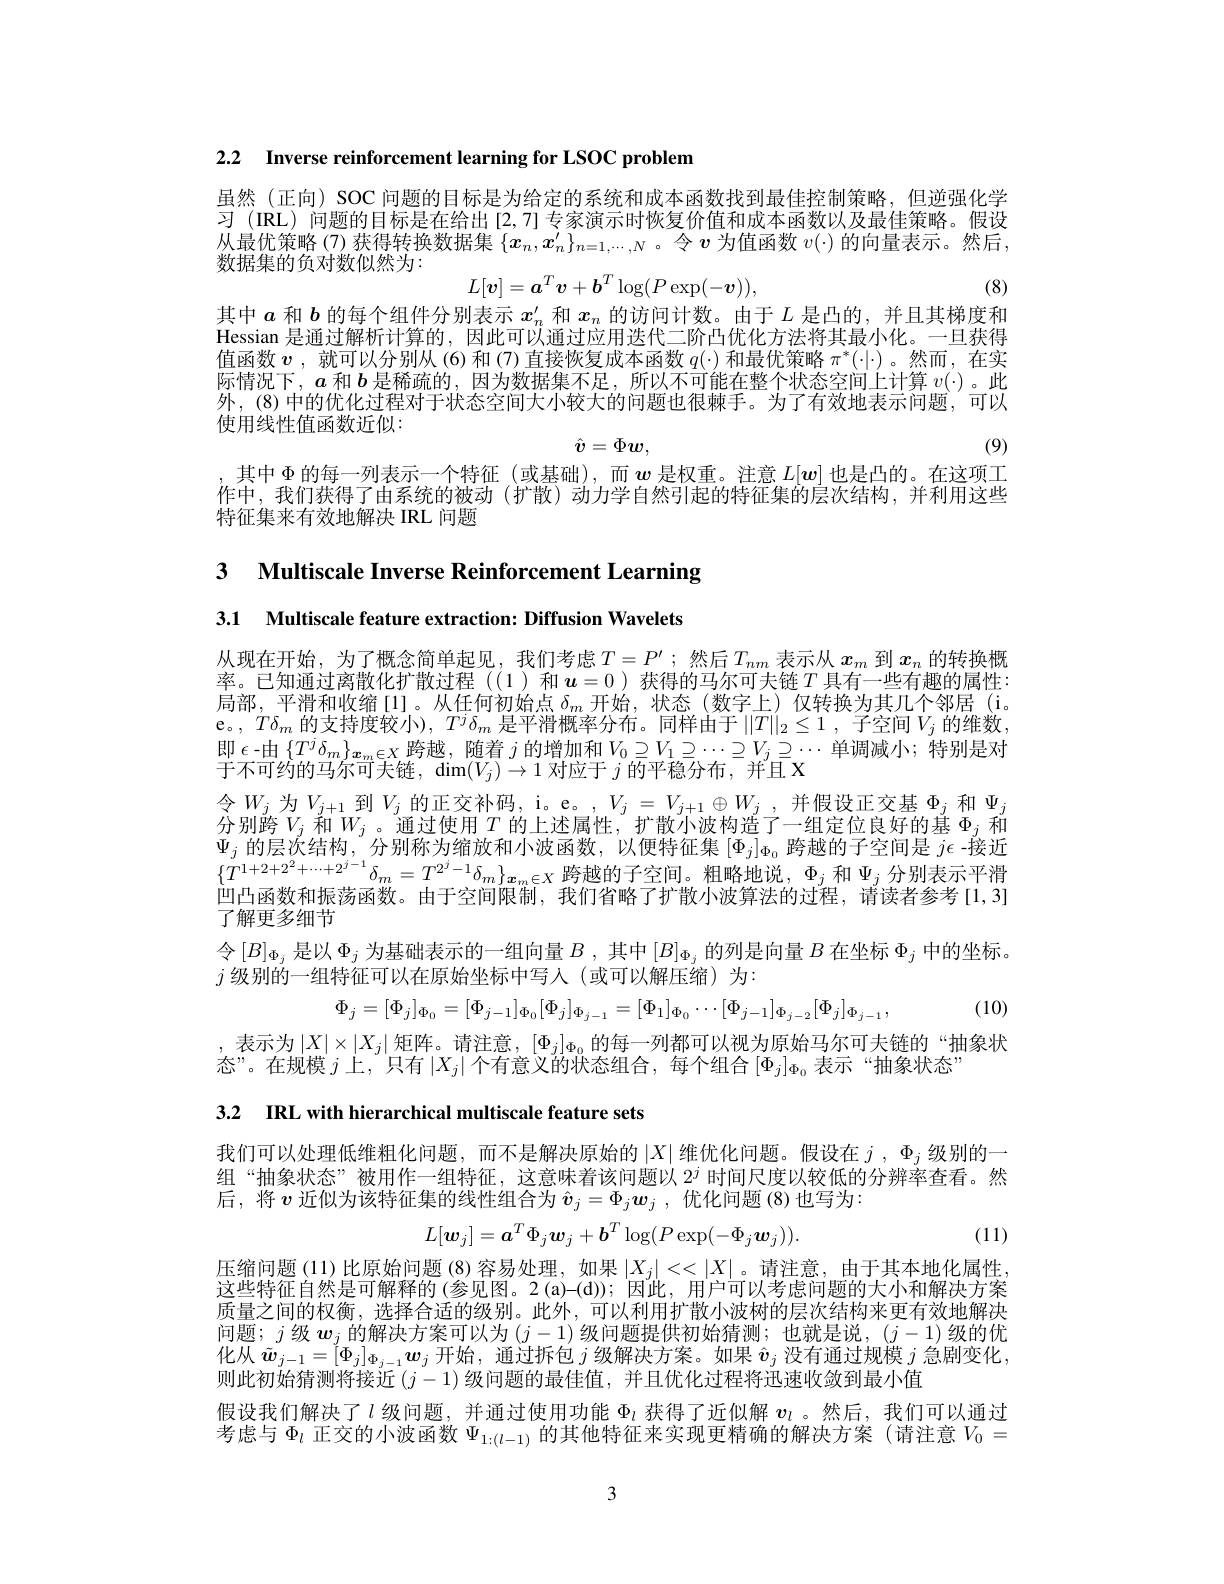
2.2 Inverse reinforcement learning for LSOC problem

虽然(正向) SOC 问题的目标是为给定的系统和成本函数找到最佳控制策略，但逆强化学习 (IRL)问题的目标是在给出[2,7]专家演示时恢复价值和成本函数以及最佳策略。假设从最优策略(7)获得转换数据集$\{x_n,x_n^{\prime}\}_{n=1,\cdots,N}$。令$\boldsymbol{v}$为值函数$v(\cdot)$的向量表示。然后， 数据集的负对数似然为：
$$L[v]=\boldsymbol{a}^T\boldsymbol{v}+\boldsymbol{b}^T\log(P\exp(-\boldsymbol{v})),$$
(8)

其中$a$和$b$的每个组件分别表示$x_n^{\prime}$和$x_n$的访问计数。由于$L$是凸的，并且其梯度和Hessian 是通过解析计算的，因此可以通过应用迭代二阶凸优化方法将其最小化。一旦获得值函数$v$ ,就可以分别从(6)和(7)直接恢复成本函数$q(\cdot)$和最优策略$\pi^*(\cdot|\cdot)$。然而，在实际情况下，$a$和$b$是稀疏的，因为数据集不足，所以不可能在整个状态空间上计算$v(\cdot)$。此外，(8)中的优化过程对于状态空间大小较大的问题也很棘手。为了有效地表示问题，可以使用线性值函数近似：
$$\hat{\boldsymbol{v}}=\Phi w,$$
(9)

,其中$\Phi$的每一列表示一个特征(或基础),而$w$是权重。注意$L[w]$也是凸的。在这项工作中，我们获得了由系统的被动(扩散)动力学自然引起的特征集的层次结构，并利用这些特征集来有效地解决 IRL 问题

3 Multiscale Inverse Reinforcement Learning

3.1 Multiscale feature extraction: Diffusion Wavelets

从现在开始，为了概念简单起见，我们考虑$T=P^\prime$;然后$T_nm$表示从$x_m$到$x_n$的转换概率。已知通过离散化扩散过程((1)和$\boldsymbol{u}=0$ )获得的马尔可夫链$T$具有一些有趣的属性： 局部，平滑和收缩[1]。从任何初始点$\delta_m$开始，状态(数字上)仅转换为其几个邻居(i。e。, $T\delta _m$的支持度较小$),~T^j\delta_m$是平滑概率分布。同样由于$||T||_2\leq1$,子空间$V_j$的维数， 即$\epsilon$-由$\{T^j\delta_m\}_{\boldsymbol{x}_m\in X}$跨越，随着$j$的增加和$V_0\supseteq V_1\supseteq\cdots\supseteq V_j\supseteq\cdots$单调减小；特别是对$\operatorname{\text{于不可约的马尔可夫链，}dim}(V_j)\to1$对应于$j$的平稳分布，并且 X
令$W_j$ 为$V_j+1$ 到$V_j$ 的正交补码，i。e。$,V_j=V_{j+1}\oplus W_j$,并假设正交基$\Phi_j$ 和$\Psi_j$ $\begin{array}{l}\text{分别跨 }V_j\text{ 和 }W_j\text{ 。通过使用 }T\text{ 的上述属性，扩散小波构造了一组定位良好的基 }\Phi_j\text{ 和}\\\Psi_j\text{ 的层次结构，分别称为缩放和小波函数，以便特征集 }[\Phi_j]_{\Phi_0}\text{ 跨越的子空间是 }j\epsilon-\text{接近}\end{array}$ $\{T^{1+2+2^2+\cdots+2^{j-1}}\delta_m=T^{2^j-1}\delta_m\}_{\boldsymbol{x}_m\in X}$跨越的子空间。粗略地说，$\Phi_j$和$\Psi_j$分别表示平滑$\dot{\text{凹凸函数和振荡函数。由于空间限制，我们省略了扩散小波算法的过程，请读者参考[1,3]}}$ 了解更多细节
令$[B]_\Phi_j$是以$\Phi_j$为基础表示的一组向量$B\mathrm{~,~其中~}[B]_\Phi_j$的列是向量$B$ 在 坐 标 $\Phi _j$中的坐标。
$j$级别的一组特征可以在原始坐标中写人(或可以解压缩)为：
(10)
$$\begin{matrix}\Phi_j=[\Phi_j]_{\Phi_0}=[\Phi_{j-1}]_{\Phi_0}[\Phi_j]_{\Phi_{j-1}}=[\Phi_1]_{\Phi_0}\cdots[\Phi_{j-1}]_{\Phi_{j-2}}[\Phi_j]_{\Phi_{j-1}},\end{matrix}$$
,表示为$|X|\times|X_j|$ 矩阵。请注意，$[\Phi_j]_{\Phi_0}$ 的每一列都可以视为原始马尔可夫链的“抽象状
态”。在规模$j$上，“只有$|X_j|$个有意义的状态组合，每个组合$[\Phi_j]_{\Phi_0}$表示“抽象状态”

3.2 IRL with hierarchical multiscale feature sets

我们可以处理低维粗化问题，而不是解决原始的$|X|$维优化问题。假设在$j,\Phi_j$级别的一组“抽象状态”被用作一组特征，这意味着该问题以$2^j$时间尺度以较低的分辨率查看。然后，将$v$ 近似为该特征集的线性组合为 $\hat{\boldsymbol{v}}_j=\Phi_j\boldsymbol{w}_j$ ,优化问题 (8)也写为：
$$L[\boldsymbol{w}_j]=\boldsymbol{a}^T\Phi_j\boldsymbol{w}_j+\boldsymbol{b}^T\log(P\exp(-\Phi_j\boldsymbol{w}_j)).$$
(11)

压缩问题(11)比原始问题(8)容易处理，如果$|X_j|<<|X|$。请注意，由于其本地化属性这些特征自然是可解释的 (参见图。2 (a)-(d)); 因此，用户可以考虑问题的大小和解决方案质量之间的权衡，选择合适的级别。此外，可以利用扩散小波树的层次结构来更有效地解决问题；$j$级$w_j$的解决方案可以为$(j-1)$级问题提供初始猜测；也就是说，$(j-1)$级的优化从$\tilde{\boldsymbol{w}}_{j-1}=[\Phi_j]_{\Phi_{j-1}}\boldsymbol{w}_j$开始，通过拆包$j$级解决方案。如果$\hat{v}_j$没有通过规模$j$急剧变化， 则此初始猜测将接近$(j-1)$级问题的最佳值，并且优化过程将迅速收敛到最小值
假设我们解决了$l$级问题，并通过使用功能$\Phi_l$获得了近似解$v_l$ 。然后，我们可以通过考虑与$\Phi_l$正交的小波函数$\Psi_1:(l-1)$的其他特征来实现更精确的解决方案 (请注意$V_0=$

3